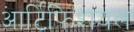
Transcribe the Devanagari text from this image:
आर्टिफिशयल